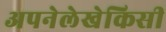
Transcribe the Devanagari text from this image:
अपनेलेखेकिसी